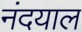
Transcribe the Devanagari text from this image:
नंदयाल